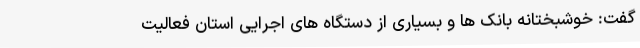
گفت: خوشبختانه بانک ها و بسیاری از دستگاه های اجرایی استان فعالیت